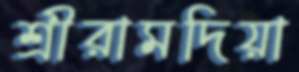
শ্রীরামদিয়া